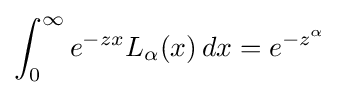
\int _{0}^{\infty }e^{-zx}L_{\alpha }(x)\,dx=e^{-z^{\alpha }}